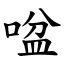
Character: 㖹